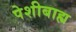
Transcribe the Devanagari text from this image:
पेशीबाह्य